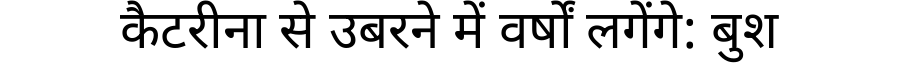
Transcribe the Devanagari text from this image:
कैटरीना से उबरने में वर्षों लगेंगे: बुश